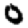
Digit: 0